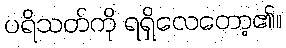
ပရိသတ်ကို ရရှိလေတော့၏။